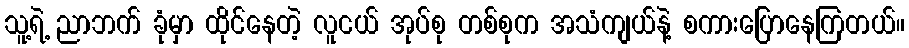
သူ့ရဲ့ ညာဘက် ခုံမှာ ထိုင်နေတဲ့ လူငယ် အုပ်စု တစ်စုက အသံကျယ်နဲ့ စကားပြောနေကြတယ်။